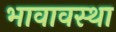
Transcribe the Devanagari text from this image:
भावावस्था